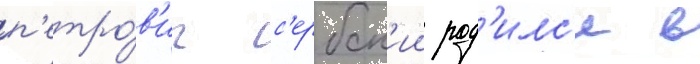
п'етро́в'ич с'ербск'ии род'илс'я в